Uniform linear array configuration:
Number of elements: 12
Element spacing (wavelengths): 0.75
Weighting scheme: hamming
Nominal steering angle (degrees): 15
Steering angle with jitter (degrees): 15.046
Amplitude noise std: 0.05
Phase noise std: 0.05

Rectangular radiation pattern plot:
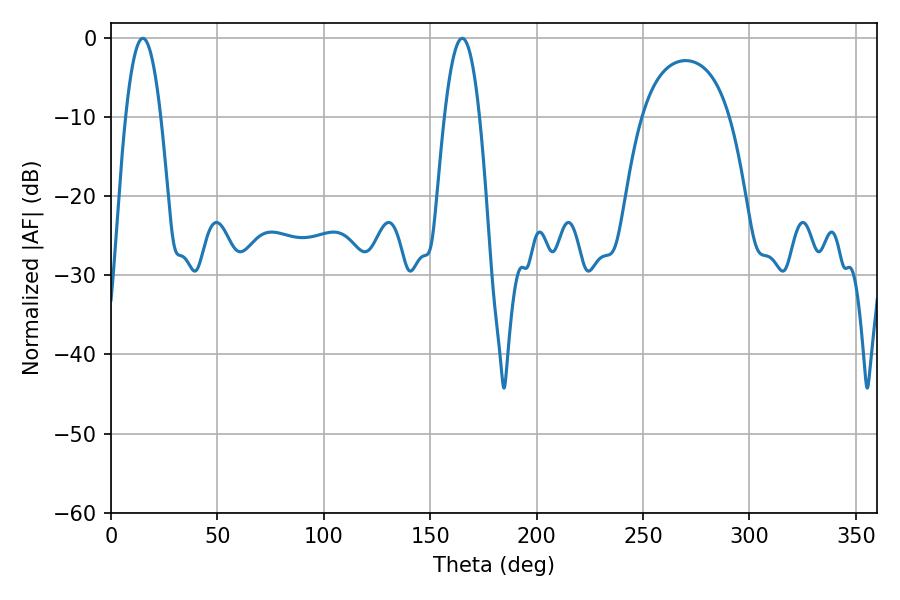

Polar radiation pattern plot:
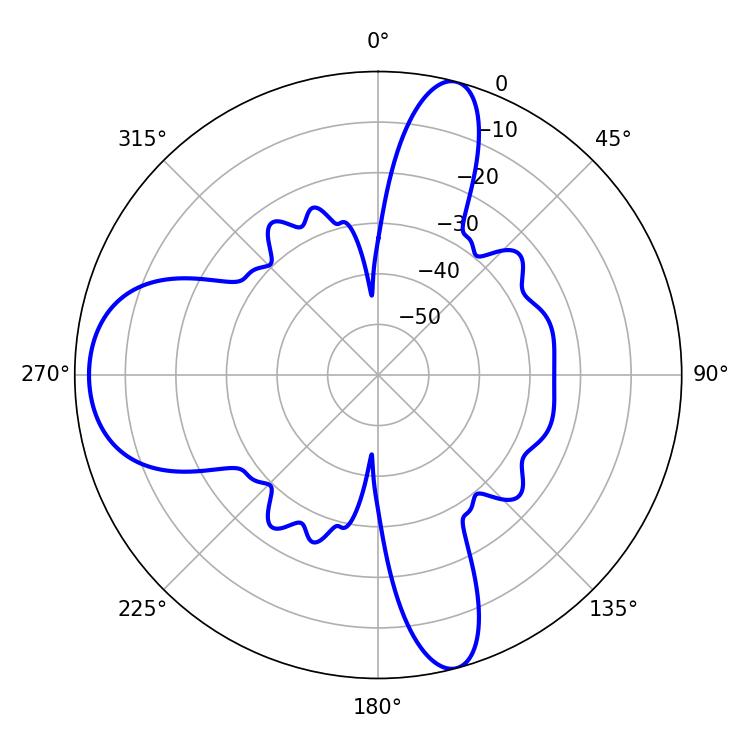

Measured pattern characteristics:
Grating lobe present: TRUE
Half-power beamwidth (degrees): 9
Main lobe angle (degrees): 14.94